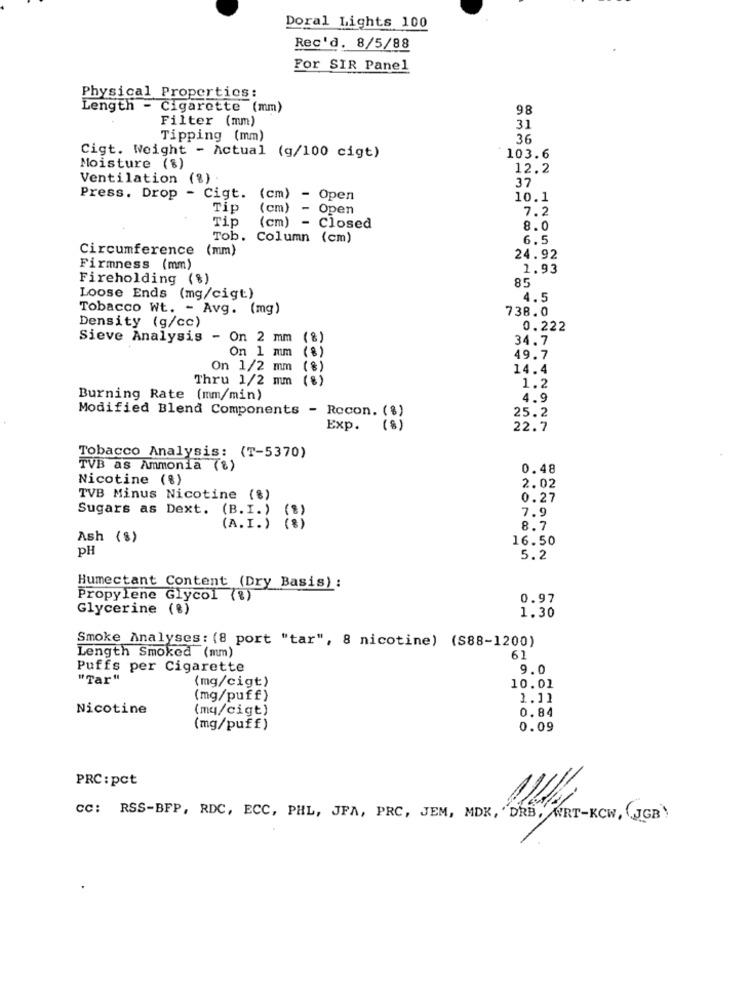
Doral Lights 100
Rec'd. 8/5/88
For SIR Panel
Physical Properties:
Length - Cigarette (mm)
98
Filter (mm)
31
Tipping (mm)
36
Cigt. Weight - Actual (g/100 cigt)
103.6
Moisture (%)
12.2
Ventilation (%)
37
Press. Drop - Cigt.
(cm) - Open
10.1
Tip
(cm) -
Open
7.2
Tip
(cm) - Closed
8.0
Tob. Column (cm)
6.5
Circumference (mm)
24.92
Firmness (mm)
1.93
Fireholding (%)
85
Loose Ends (mg/cigt)
4.5
Tobacco Wt. - Avg. (mg)
738.0
Density (g/cc)
0.222
Sieve Analysis - On 2 mm (%)
34.7
On 1 mm (8)
49.7
On 1/2 mm (%)
14.4
Thru 1/2 mm (8)
1.2
Burning Rate (mm/min)
4.9
Modified Blend Components - Recon. (%)
25.2
Exp. (8)
22.7
Tobacco Analysis: (T-5370)
TVB as Ammonia (8)
0.48
Nicotine (%)
2.02
TVB Minus Nicotine (%)
0.27
Sugars as Dext. (B. I. )
7.9
(A.I. )
8.7
Ash (8)
16.50
PH
5.2
Humectant Content (Dry Basis) :
Propylene Glycol (%)
0.97
Glycerine (%)
1.30
Smoke Analyses: (8 port "tar", 8 nicotine) (S88-1200)
Length Smoked (mm)
61
Puffs per Cigarette
9.0
"Tar"
(mg/cigt)
10.01
(mg/puff)
1.11
Nicotine
(my/cigt)
0.84
(mg/puff)
0.09
=
PRC: pct
CC: RSS-BFP, RDC, ECC, PHL, JFA, PRC, JEM, MDK, "DRB, WRT-KOW, (JGB)